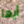
أيها